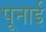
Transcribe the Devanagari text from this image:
पूनाई